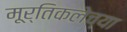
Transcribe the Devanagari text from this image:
मूर्तिकलेच्या